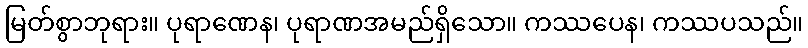
မြတ်စွာဘုရား။ ပုရာဏေန၊ ပုရာဏအမည်ရှိသော။ ကဿပေန၊ ကဿပသည်။